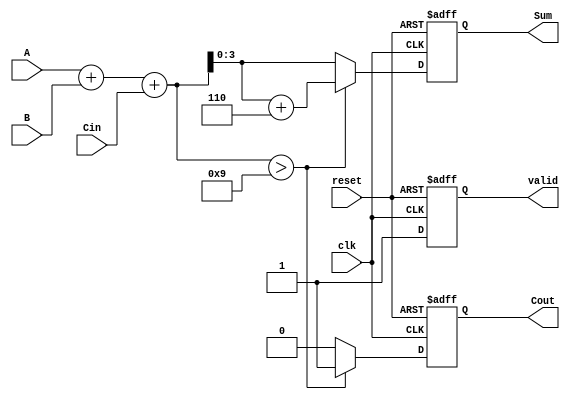
module BCD_Sequential_Adder(
    input wire [3:0] A,        // First BCD digit
    input wire [3:0] B,        // Second BCD digit
    input wire Cin,            // Carry-in
    input wire clk,            // Clock signal
    input wire reset,          // Reset signal
    output reg [3:0] Sum,      // BCD result
    output reg Cout,           // Carry-out
    output reg valid           // Valid output signal
);

    // Internal signals
    reg [4:0] Sum_temp;        // Temporary sum (5 bits for carry)
    
    always @(posedge clk or posedge reset) begin
        if (reset) begin
            Sum <= 4'b0000;     // Initialize Sum to 0
            Cout <= 1'b0;      // Initialize Carry-out to 0
            valid <= 1'b0;     // Initialize valid to 0
        end else begin
            // Step 1: Compute the preliminary sum
            Sum_temp = A + B + Cin;  // Add A, B and Cin
            
            // Step 2: Check for BCD correction
            if (Sum_temp > 9) begin
                Sum_temp = Sum_temp + 5'b00110; // Add 6 to correct BCD 
                Cout = 1'b1;                    // Set carry-out
            end else begin
                Cout = 1'b0;                    // No carry-out
            end
            
            // Step 3: Assign the final BCD sum
            Sum <= Sum_temp[3:0];             // Assign lower 4 bits to Sum
            valid <= 1'b1;                     // Set valid to 1 after operation
        end
    end
endmodule